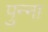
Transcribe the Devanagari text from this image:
पुन्ना